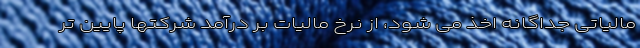
مالیاتی جداگانه اخذ می شود، از نرخ مالیات بر درآمد شرکتها پایین تر